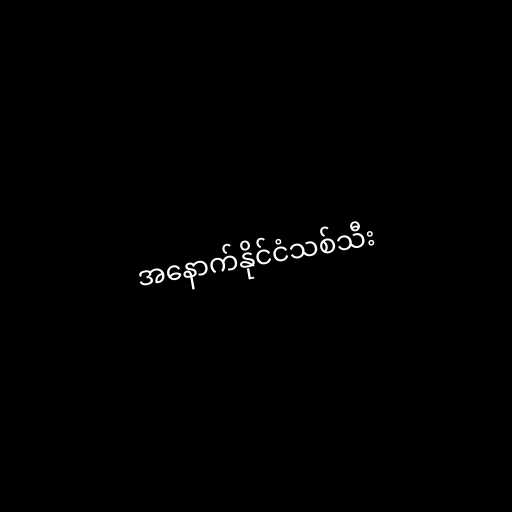
အနောက်နိုင်ငံသစ်သီး